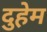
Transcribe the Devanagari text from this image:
दुहेम